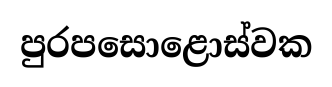
පුරපසොළොස්වක